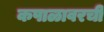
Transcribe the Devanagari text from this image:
कपाळावरची